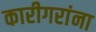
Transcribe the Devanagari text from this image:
कारीगरांना